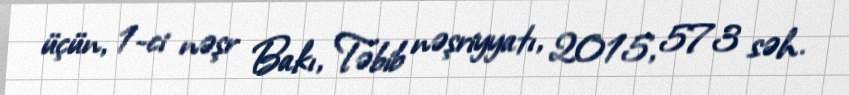
üçün, 1-ci nəşr Bakı, Təbib nəşriyyatı, 2015, 573 səh.